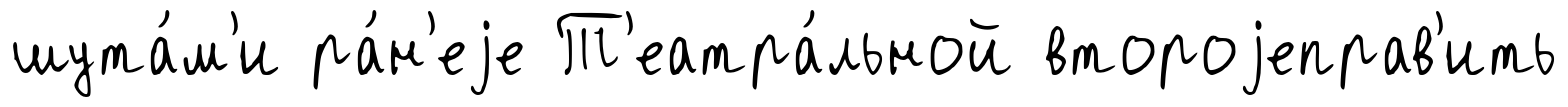
шута́м'и ра́н'еjе Т'еатра́льной второjеправ'ить